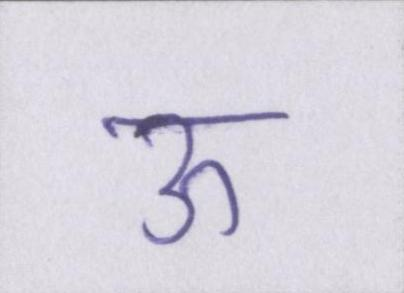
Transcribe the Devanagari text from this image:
ऊ